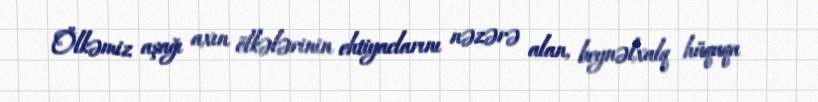
Ölkəmiz aşağı axın ölkələrinin ehtiyaclarını nəzərə alan, beynəlxalq hüquqa